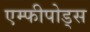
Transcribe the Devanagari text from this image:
एम्फीपोड्स